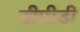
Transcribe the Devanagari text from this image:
डीपीडी